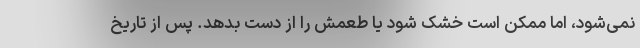
نمی‌شود، اما ممکن است خشک شود یا طعمش را از دست بدهد. پس از تاریخ